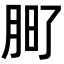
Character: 𭨲